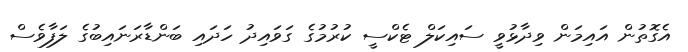
އެގޮތުން އައިމަން ވިދާޅުވީ ސައިކަލް ޓެކްސީ ކުރުމުގެ ގަވައިދު ހަދައި ބަންޑާރަނައިބުގެ ލަފާވެސް